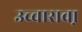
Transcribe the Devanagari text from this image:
उच्चारावा़